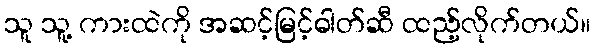
သူ သူ့ ကားထဲကို အဆင့်မြင့်ဓါတ်ဆီ ထည့်လိုက်တယ်။